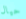
حيال